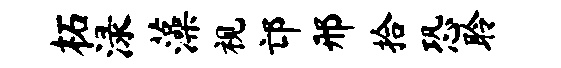
柘渌藻视邙邢拾恐聆